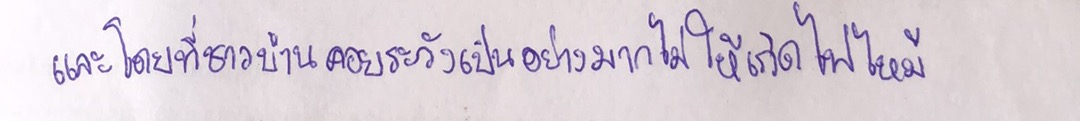
และโดยที่ชาวบ้านคอยระวังเป็นอย่างมากไม่ให้เกิดไฟไหม้